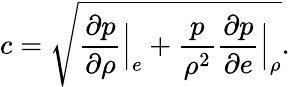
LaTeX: c=\sqrt{\frac{\partial p}{\partial\rho}\Big|_{e}+\frac{p}{\rho^{2}}\frac{\partial p}{\partial e}\Big|_{\rho}}.